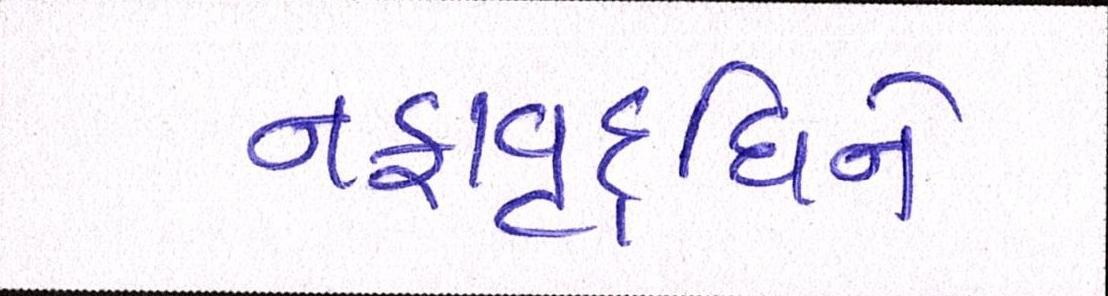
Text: નફાવૃદ્ધિને